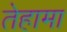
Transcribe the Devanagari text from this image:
तेहामा